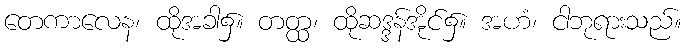
တေကာလေန၊ ထိုအခါ၌။ တတ္ထ၊ ထိုဆဒ္ဒန်အိုင်၌။ အဟံ၊ ငါဘုရားသည်။